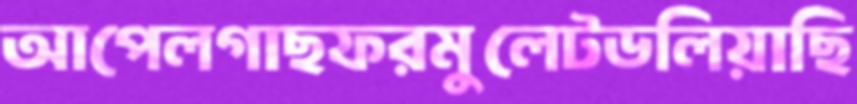
আপেলগাছফরমুলেটডলিয়াছি